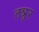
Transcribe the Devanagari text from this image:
तन्नूर